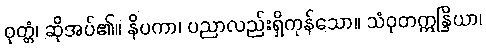
ဝုတ္တံ၊ ဆိုအပ်၏။ နိပကာ၊ ပညာလည်းရှိကုန်သော။ သံဝုတဣန္ဒြိယာ၊